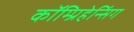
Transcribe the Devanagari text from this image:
कॉम्प्रिहेन्सिंग